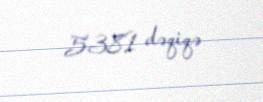
5381 dəqiqə